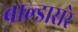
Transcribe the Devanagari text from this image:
बाल्डासरे